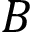
B